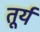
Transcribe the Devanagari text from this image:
तूर्य